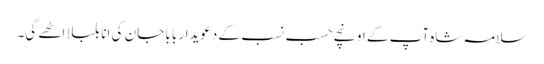
سلامہ شاہ آپ کے اونچے حسب نسب کے دعویدار بابا جان کی انا بلبلا اٹھے گی۔